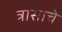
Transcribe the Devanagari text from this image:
त्रासाचे